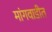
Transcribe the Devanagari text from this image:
मांगवाडीत